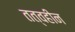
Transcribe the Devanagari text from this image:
तत्वहीन